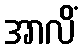
အာလိံ